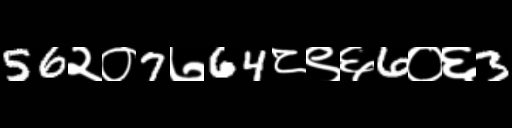
Text: 56२०7७64८९६6०६3